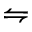
\leftrightharpoons